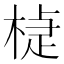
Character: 𣕹